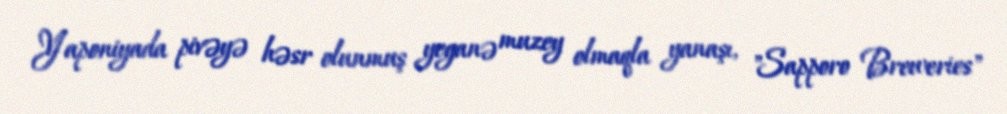
Yaponiyada pivəyə həsr olunmuş yeganə muzey olmaqla yanaşı, "Sapporo Breweries"